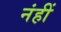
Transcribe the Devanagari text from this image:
नंहीं